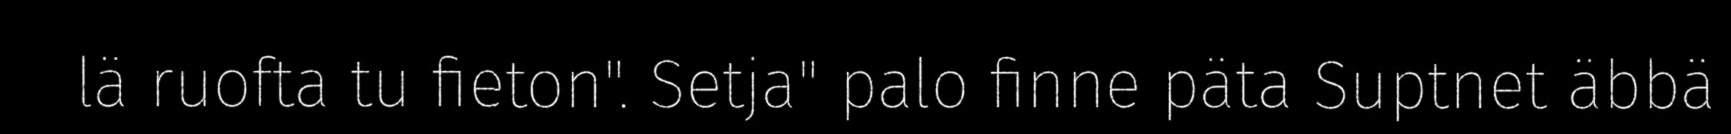
lä ruofta tu fieton". Setja" palo finne päta Suptnet äbbä